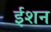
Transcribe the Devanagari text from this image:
ईशन